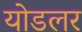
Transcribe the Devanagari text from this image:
योडलर